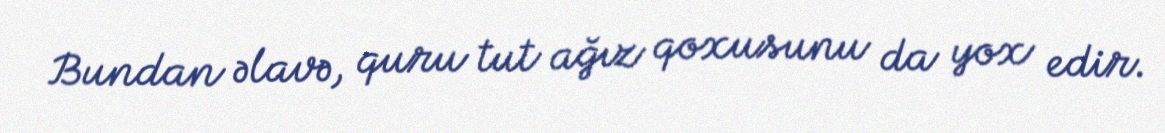
Bundan əlavə, quru tut ağız qoxusunu da yox edir.